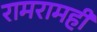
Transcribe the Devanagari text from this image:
रामरामही